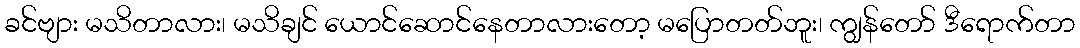
ခင်ဗျား မသိတာလား၊ မသိချင် ယောင်ဆောင်နေတာလားတော့ မပြောတတ်ဘူး၊ ကျွန်တော် ဒီရောက်တာ